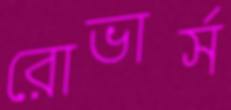
রোভার্স